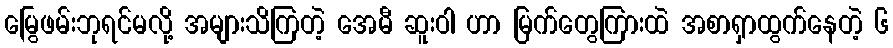
မြွေဖမ်းဘုရင်မလို့ အများသိကြတဲ့ အေမီ ဆူးဝါ ဟာ မြက်တွေကြားထဲ အစာရှာထွက်နေတဲ့ ၆